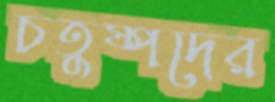
চতুষ্পদের